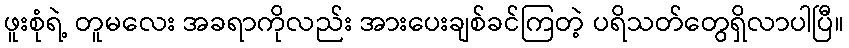
ဖူးစုံရဲ့ တူမလေး အခရာကိုလည်း အားပေးချစ်ခင်ကြတဲ့ ပရိသတ်တွေရှိလာပါပြီ။